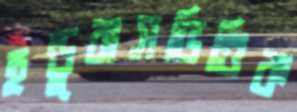
হন্ডুরাসভিত্তিক